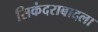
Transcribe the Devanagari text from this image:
सिकंदराबादला